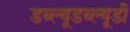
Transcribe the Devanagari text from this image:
डब्ल्यूडब्ल्यूडी